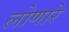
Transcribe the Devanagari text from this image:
लोणारे